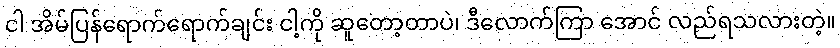
ငါ အိမ်ပြန်ရောက်ရောက်ချင်း ငါ့ကို ဆူတော့တာပဲ၊ ဒီလောက်ကြာ အောင် လည်ရသလားတဲ့။